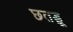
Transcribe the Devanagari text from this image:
छतड़ू